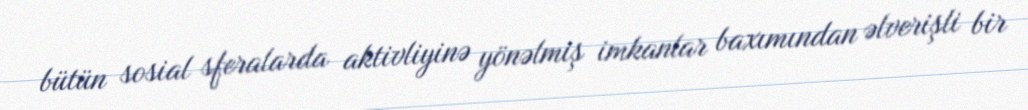
bütün sosial sferalarda aktivliyinə yönəlmiş imkanlar baxımından əlverişli bir